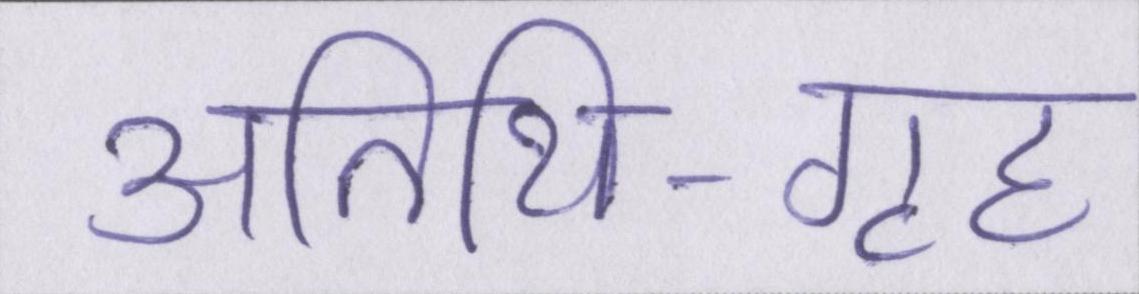
अतिथि-गृह